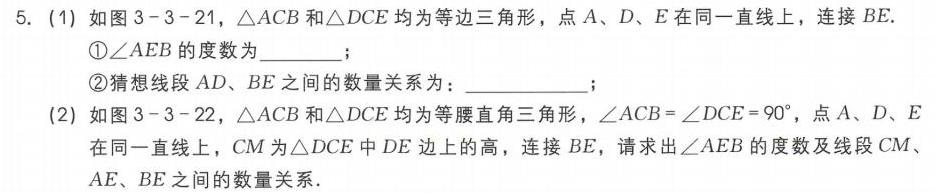
5. (1) 如图 \(3 - 3 - 21\)，\(\triangle ACB\) 和 \(\triangle DCE\) 均为等边三角形，点 \(A\)、\(D\)、\(E\) 在同一直线上，连接 \(BE\).
    \textcircled{1}\(\angle AEB\) 的度数为  ；
    \textcircled{2}猜想线段 \(AD\)、\(BE\) 之间的数量关系为：  ；
(2) 如图 \(3 - 3 - 22\)，\(\triangle ACB\) 和 \(\triangle DCE\) 均为等腰直角三角形，\(\angle ACB=\angle DCE = 90^{\circ}\)，点 \(A\)、\(D\)、\(E\)
在同一直线上，\(CM\) 为 \(\triangle DCE\) 中 \(DE\) 边上的高，连接 \(BE\)，请求出 \(\angle AEB\) 的度数及线段 \(CM\)、\(AE\)、\(BE\) 之间的数量关系.